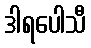
ဒါရပေါသီ